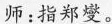
师：指郑燮。